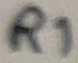
Text: R1